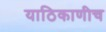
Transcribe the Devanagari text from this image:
याठिकाणीच